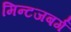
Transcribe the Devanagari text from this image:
मिन्टजबर्ग